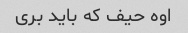
اوه حیف که باید بری